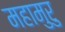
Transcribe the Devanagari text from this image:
महामुरु